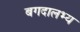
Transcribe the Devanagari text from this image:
बगदालभ्य